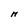
Character: M